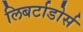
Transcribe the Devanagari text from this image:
लिबर्टाडोर्स